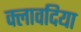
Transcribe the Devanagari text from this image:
क्लावदिया